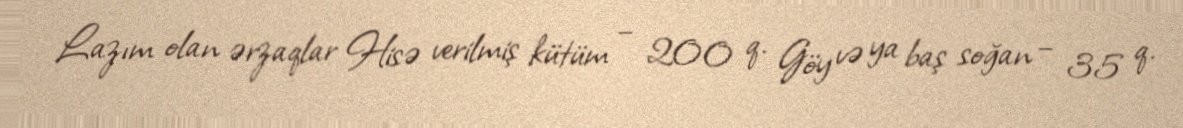
Lazım olan ərzaqlar Hisə verilmiş kütüm – 200 q. Göy və ya baş soğan – 35 q.